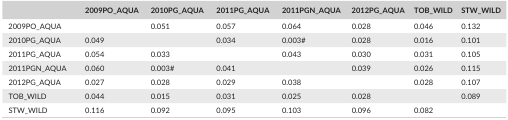
|  | 2009PO_AQUA | 2010PG_AQUA | 2011PG_AQUA | 2011PGN_AQUA | 2012PG_AQUA | TOB_WILD | STW_WILD |
 | --- | --- | --- | --- | --- | --- | --- | --- |
 | 2009PO_AQUA |  | 0.051 | 0.057 | 0.064 | 0.028 | 0.046 | 0.132 |
 | 2010PG_AQUA | 0.049 |  | 0.034 | 0.003# | 0.028 | 0.016 | 0.101 |
 | 2011PG_AQUA | 0.054 | 0.033 |  | 0.043 | 0.030 | 0.031 | 0.105 |
 | 2011PGN_AQUA | 0.060 | 0.003# | 0.041 |  | 0.039 | 0.026 | 0.115 |
 | 2012PG_AQUA | 0.027 | 0.028 | 0.029 | 0.038 |  | 0.028 | 0.107 |
 | TOB_WILD | 0.044 | 0.015 | 0.031 | 0.025 | 0.028 |  | 0.089 |
 | STW_WILD | 0.116 | 0.092 | 0.095 | 0.103 | 0.096 | 0.082 |  |